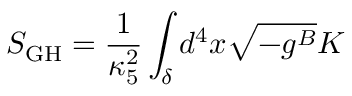
S _ { \mathrm { G H } } = \frac { 1 } { \kappa _ { 5 } ^ { 2 } } \int _ { \delta } d ^ { 4 } x \sqrt { - g ^ { B } } K